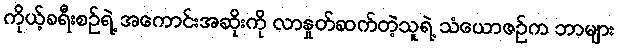
ကိုယ့်ခရီးစဉ်ရဲ့ အကောင်းအဆိုးကို လာနှုတ်ဆက်တဲ့သူရဲ့ သံယောဇဉ်က ဘာများ